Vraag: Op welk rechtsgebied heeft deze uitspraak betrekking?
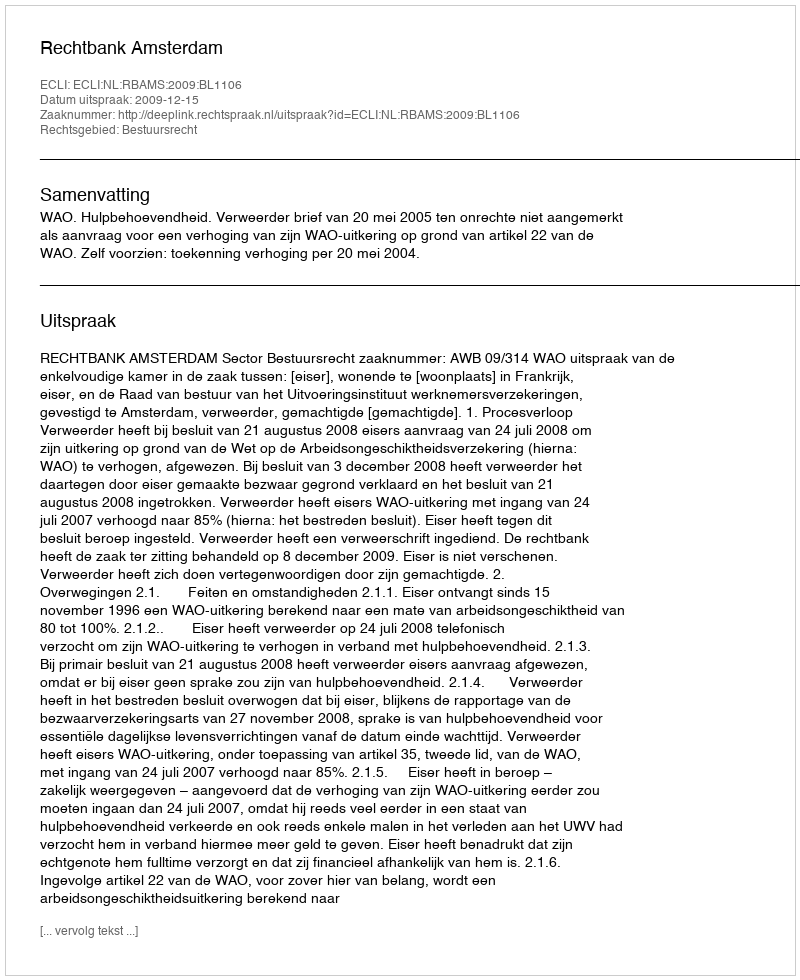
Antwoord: Bestuursrecht